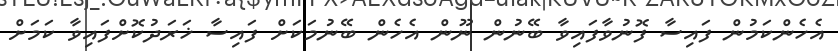
އެހެންކަމުން ފައިސާ ފޮނުވާފައިވާ ބޭނުން ނޫން އެހެން ބޭނުމަކަށް ފައިސާ ޚަރަދުކޮށްފައިވާ ކަމަށް